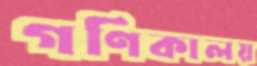
গণিকালয়